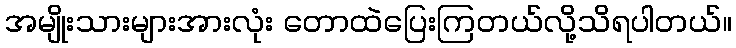
အမျိုးသားများအားလုံး တောထဲပြေးကြတယ်လို့သိရပါတယ်။